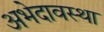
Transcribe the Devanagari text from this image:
अभेदावस्था